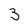
Character: 3